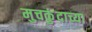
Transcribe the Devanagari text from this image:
मुचकुंदाच्या